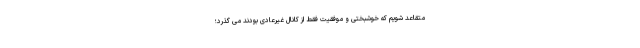
متقاعد شویم که خوشبختی و موفقیت فقط از کانال غیرعادی بودند می گذرد؛